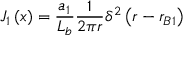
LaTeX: J _ { 1 } \left( x \right) = { \frac { a _ { 1 } } { L _ { b } } } { \frac { 1 } { 2 \pi r } } \delta ^ { 2 } \left( r - r _ { B 1 } \right)